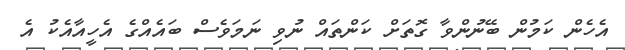
އެހެން ކަމުން ބޭނުންވާ ގޮތަށް ކަންތައް ނުވި ނަމަވެސް ބައެއްގެ އެހީއާއެކު އެ